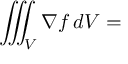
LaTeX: \iiint _ { V } \nabla f \, d V =